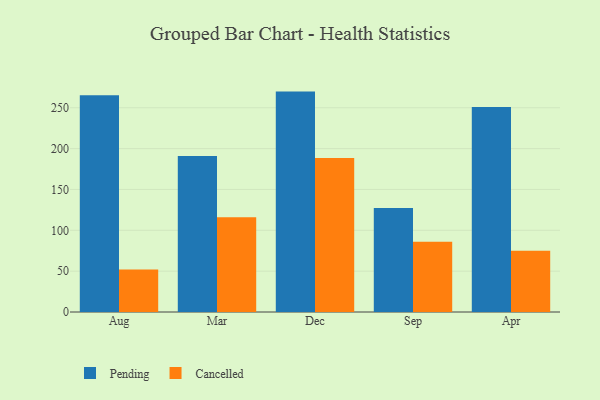
{"axis": {"x": "Month", "y": "Population (Million)"}, "legend": ["Cancelled", "Pending"], "data": [{"x": "Aug", "y": 265.3, "type": "Pending"}, {"x": "Aug", "y": 52.0, "type": "Cancelled"}, {"x": "Mar", "y": 190.9, "type": "Pending"}, {"x": "Mar", "y": 116.1, "type": "Cancelled"}, {"x": "Dec", "y": 269.8, "type": "Pending"}, {"x": "Dec", "y": 188.5, "type": "Cancelled"}, {"x": "Sep", "y": 127.2, "type": "Pending"}, {"x": "Sep", "y": 86.1, "type": "Cancelled"}, {"x": "Apr", "y": 250.8, "type": "Pending"}, {"x": "Apr", "y": 74.9, "type": "Cancelled"}]}